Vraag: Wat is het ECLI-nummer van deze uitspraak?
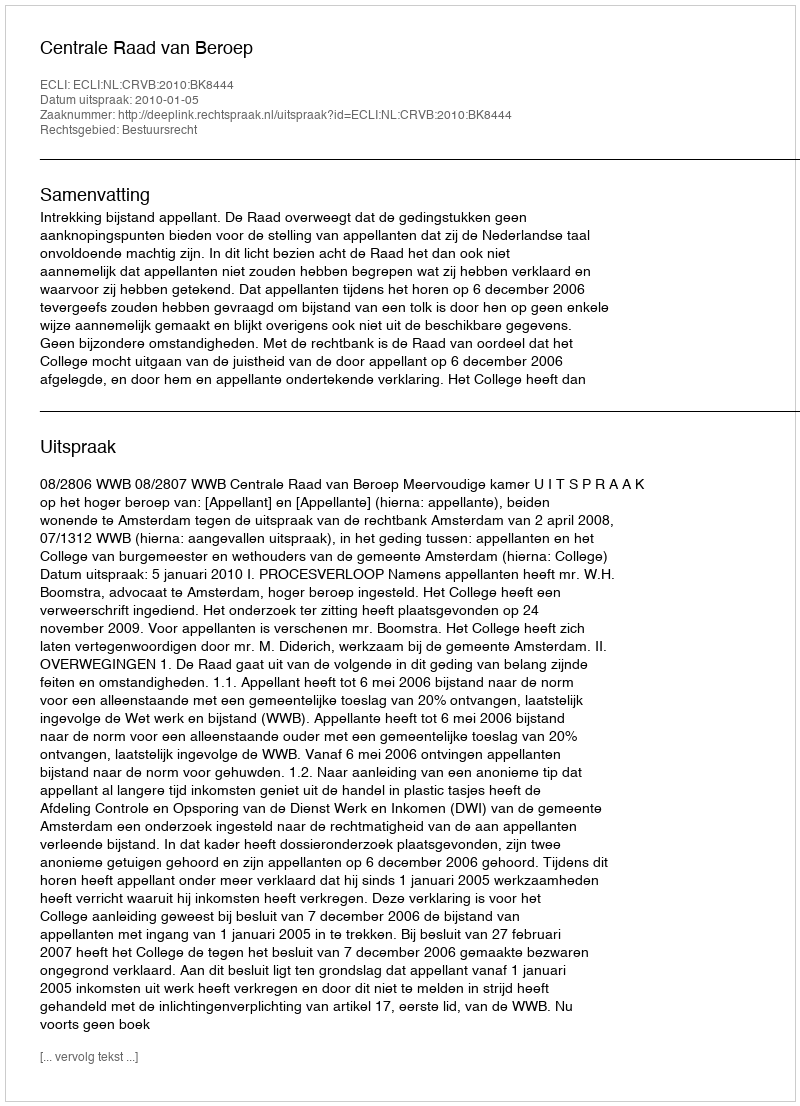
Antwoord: ECLI:NL:CRVB:2010:BK8444